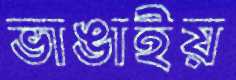
ভাঙাইয়